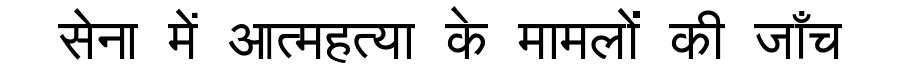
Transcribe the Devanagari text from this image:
सेना में आत्महत्या के मामलों की जाँच